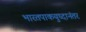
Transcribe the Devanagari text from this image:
भारतपाकयुध्दानंतर